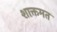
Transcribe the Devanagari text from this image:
शाक्तमत